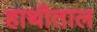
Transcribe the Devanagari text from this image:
हाथीताल